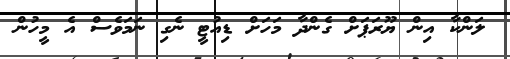
ލަންކާ އިން ޔޫރަޕަށް ގެންދާ މަހަށް ޑިއުޓީ ނެގި ނަމަވެސް އެ މީހުން